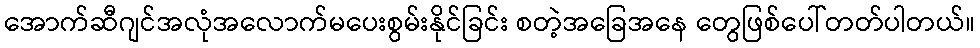
အောက်ဆီဂျင်အလုံအလောက်မပေးစွမ်းနိုင်ခြင်း စတဲ့အခြေအနေ တွေဖြစ်ပေါ်တတ်ပါတယ်။